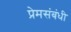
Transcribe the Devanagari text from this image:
प्रेमसंबंधी